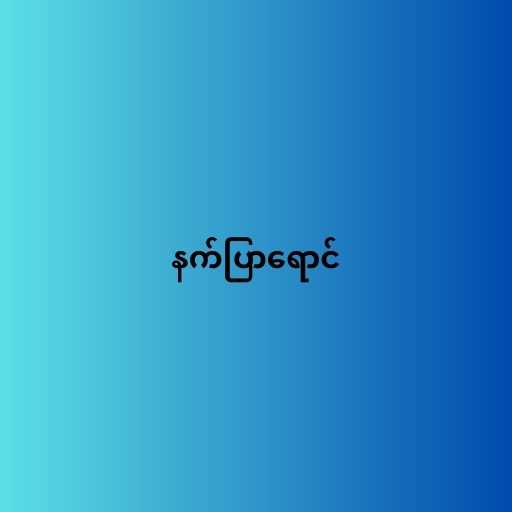
နက်ပြာရောင်